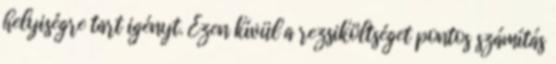
helyiségre tart igényt. Ezen kívül a rezsiköltséget pontos számítás